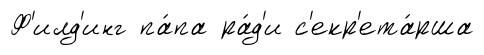
Ф'илд'инг па́па ра́д'и с'екр'ета́рша